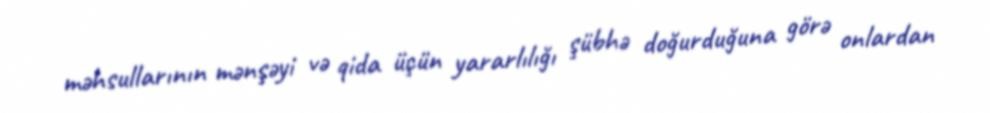
məhsullarının mənşəyi və qida üçün yararlılığı şübhə doğurduğuna görə onlardan